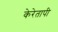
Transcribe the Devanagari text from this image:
केरेतापी